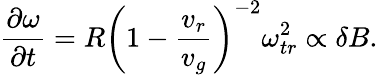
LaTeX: \frac{\partial\omega}{\partial t}=R\left(1-\frac{v_{r}}{v_{g}}\right)^{-2}\omega_{tr}^{2}\propto\delta B.